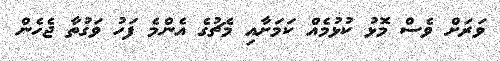
ވަރަށް ވެސް މޮޅު ކުޅުމެއް ކަމަށާއި މެޗުގެ އެންމެ ފަހު ވަގުތާ ޖެހެން